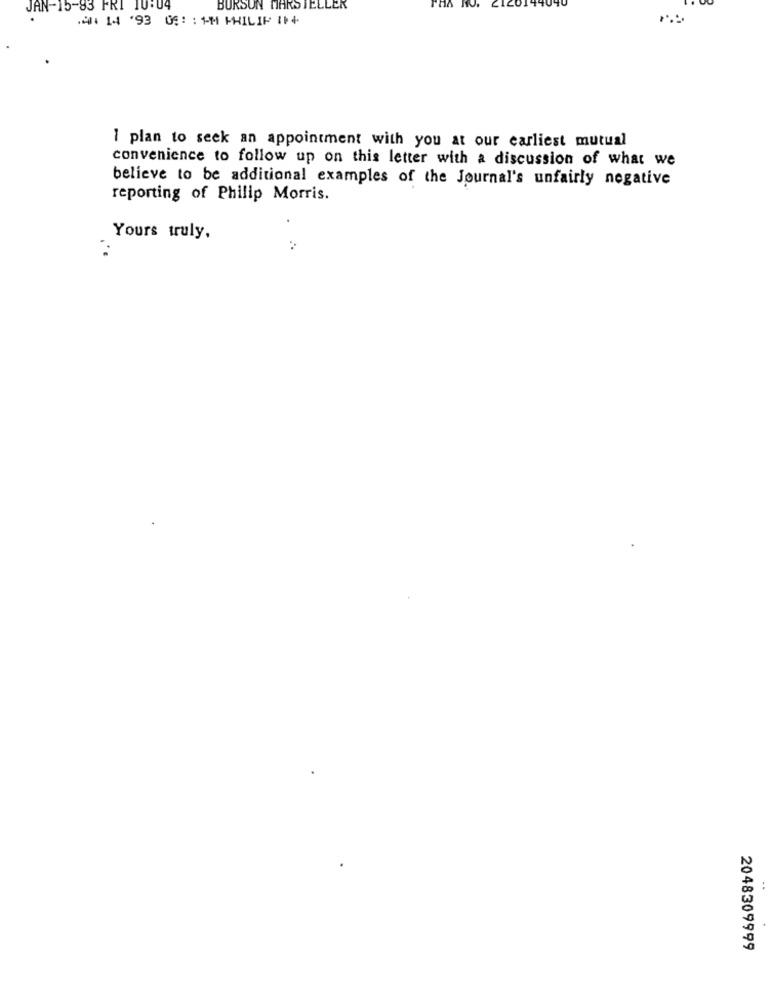
JAN-15-83 FRI 10:04
BURSUN MARS TELLER
14 14 93 02:1M PHILIP 1+
1 plan to seek an appointment with you at our earliest mutual
convenience to follow up on this letter with a discussion of what we
believe to be additional examples of the Journal's unfairly negative
reporting of Philip Morris.
Yours truly,
2048309999